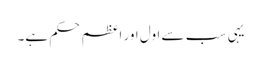
یہی سب سے اول اور اعظم حکم ہے۔